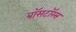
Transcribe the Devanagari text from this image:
बॉसटॉरस